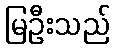
မြဦးသည်